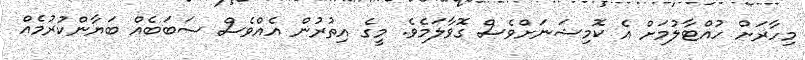
މިހާރަށް ހުއްޓާލުމަށް އެ ކޮމިޝަނަށްވެސް ގޮވާލަމެވެ. މީގެ އިތުރުން އެއްވެސް ސަބަބެއް ބަޔާންކުރުމެއް